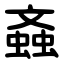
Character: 螡